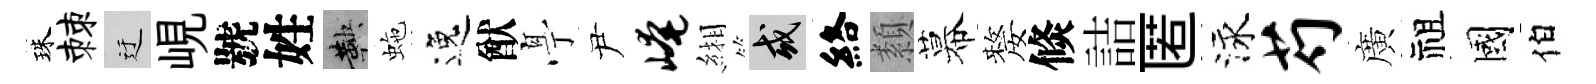
珠棘迂峴號姓鞅虵逸猷𠅘尹崦緗或絡纇幕嫠倐詰匿泳芍廣祖國伯